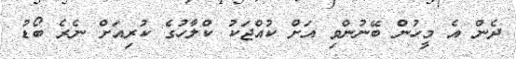
ދެން އެ މީހުން ބޭނުންވި އަށް ކުއްޖަކު ކްލާހުގެ ކުރިއަށް ނެރެ ބޯޑު